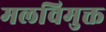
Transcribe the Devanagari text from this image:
मलविमुक्त